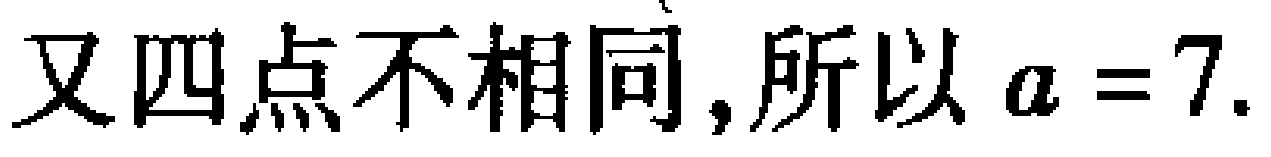
又四点不相同,所以 \(a = 7\).